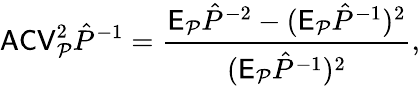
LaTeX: \mathsf{ACV}_{\mathcal P}^{2}\hat{P}^{-1}=\frac{\mathsf E_{\mathcal P}\hat{P}^{-2}-(\mathsf E_{\mathcal P}\hat{P}^{-1})^{2}}{(\mathsf E_{\mathcal P}\hat{P}^{-1})^{2}},